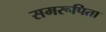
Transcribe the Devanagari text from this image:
समरूपिता